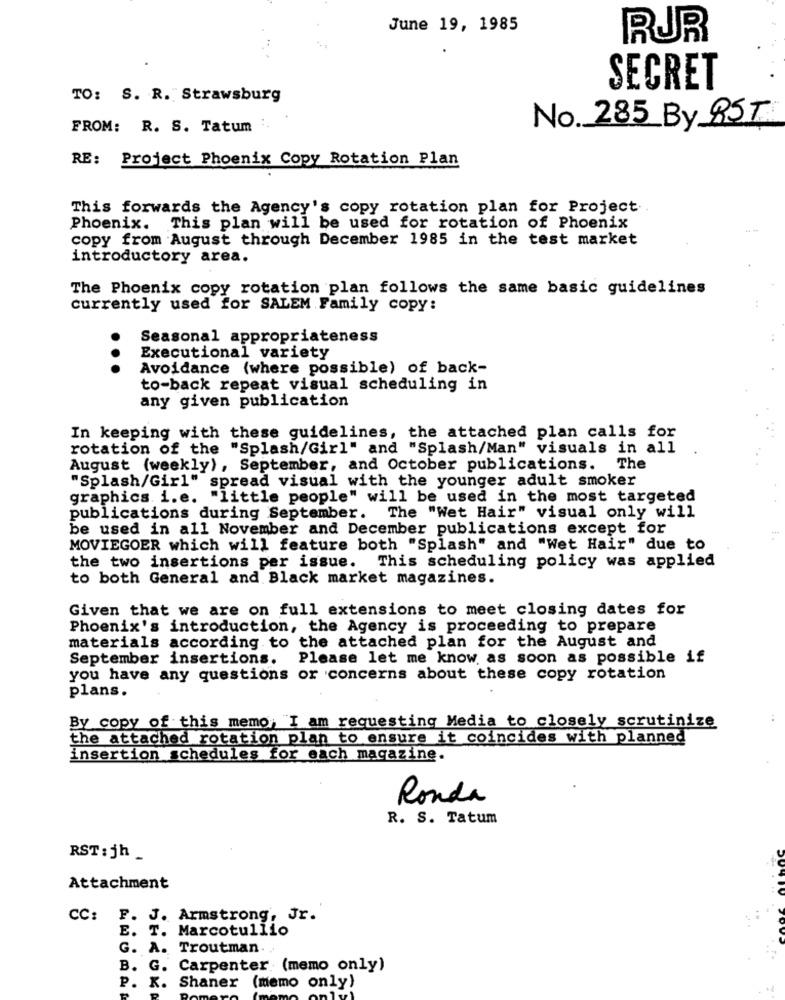
June 19, 1985
RUR
SECRET
TO: S. R. Strawsburg
FROM: R. S. Tatum :.
No. 285 By RST
RE: Project Phoenix Copy Rotation Plan
This forwards the Agency's copy rotation plan for Project.
Phoenix. This plan will be used for rotation of Phoenix
copy from August through December 1985 in the test market
introductory area.
The Phoenix copy rotation plan follows the same basic guidelines
currently used for SALEM Family copy:
Seasonal appropriateness
Executional variety
Avoidance (where possible) of back-
...
to-back repeat visual scheduling in
any given publication
In keeping with these guidelines, the attached plan calls for
rotation of the "Splash/Girl" and "Splash/Man" visuals in all
August (weekly), September, and October publications.
The
"Splash/Girl" spread visual with the younger adult smoker
graphics. i.e. "little people" will be used in the most targeted
publications during September. The "Wet Hair" visual only will
be used in all November and December publications except for
MOVIEGOER which will feature both "Splash" and "Wet Hair" due to
the two insertions per issue. This scheduling policy was applied
to both General and Black market magazines.
Given that we are on full extensions to meet closing dates for
Phoenix's introduction, the Agency is proceeding to prepare
materials according to the attached plan for the August and
September insertions.
Please let me know as soon as possible if
you have any questions or concerns about these copy rotation
plans.
By copy of this memo, "I am requesting Media to closely scrutinize
the attached rotation plan to ensure it coincides with planned
insertion schedules for each magazine.
Ronda
R. S. Tatum
RST : jh
Attachment
CC: F. J. Armstrong, Jr.
E. T. Marcotullio
G. A. Troutman ..
B. G. Carpenter (memo only)
P. K. Shaner (memo only)